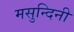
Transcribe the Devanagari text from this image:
मसुन्दिनी